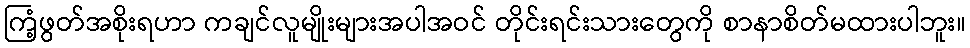
ကြံ့ဖွတ်အစိုးရဟာ ကချင်လူမျိုးများအပါအဝင် တိုင်းရင်းသားတွေကို စာနာစိတ်မထားပါဘူး။